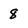
Character: 8